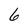
Character: 6